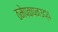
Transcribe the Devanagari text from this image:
ठमेपकपनउद्ध